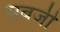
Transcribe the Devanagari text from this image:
सबजी